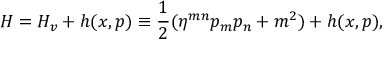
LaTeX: H = H _ { v } + h ( x , p ) \equiv \frac { 1 } { 2 } ( \eta ^ { m n } p _ { m } p _ { n } + m ^ { 2 } ) + h ( x , p ) ,